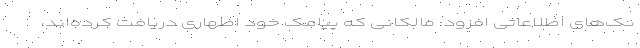
نک‌های اطلاعاتی افزود: مالکانی که پیامک خود اظهاری دریافت کرده‌اند،